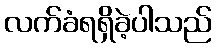
လက်ခံရရှိခဲ့ပါသည်